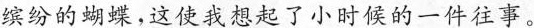
缤纷的蝴蝶，这使我想起了小时候的一件往事。